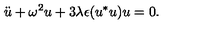
\ddot { u } + \omega ^ { 2 } u + 3 \lambda \epsilon ( u ^ { * } u ) u = 0 .